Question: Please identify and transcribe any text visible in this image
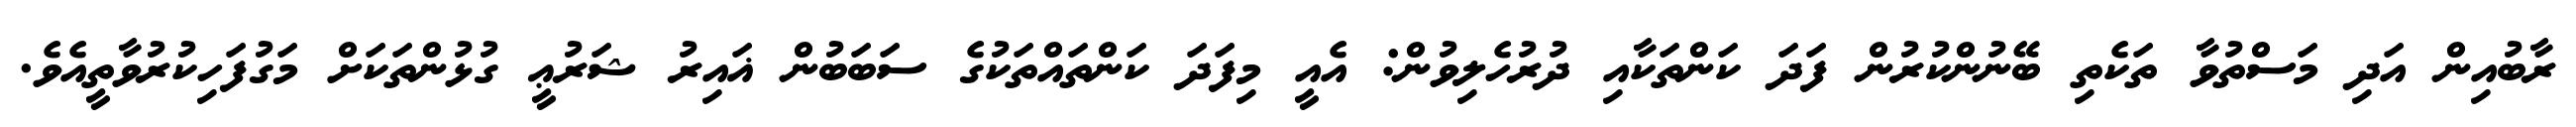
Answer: ރާބުއިން އަދި މަސްތުވާ ތަކެތި ބޭނުންކުރުން ފަދަ ކަންތަކާއި ދުރުހެލިވުން: އެއީ މިފަދަ ކަންތައްތަކުގެ ސަބަބުން ޣައިރު ޝަރުޢީ ގުޅުންތަކަށް މަގުފަހިކުރުވާތީއެވެ.